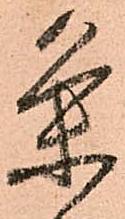
条